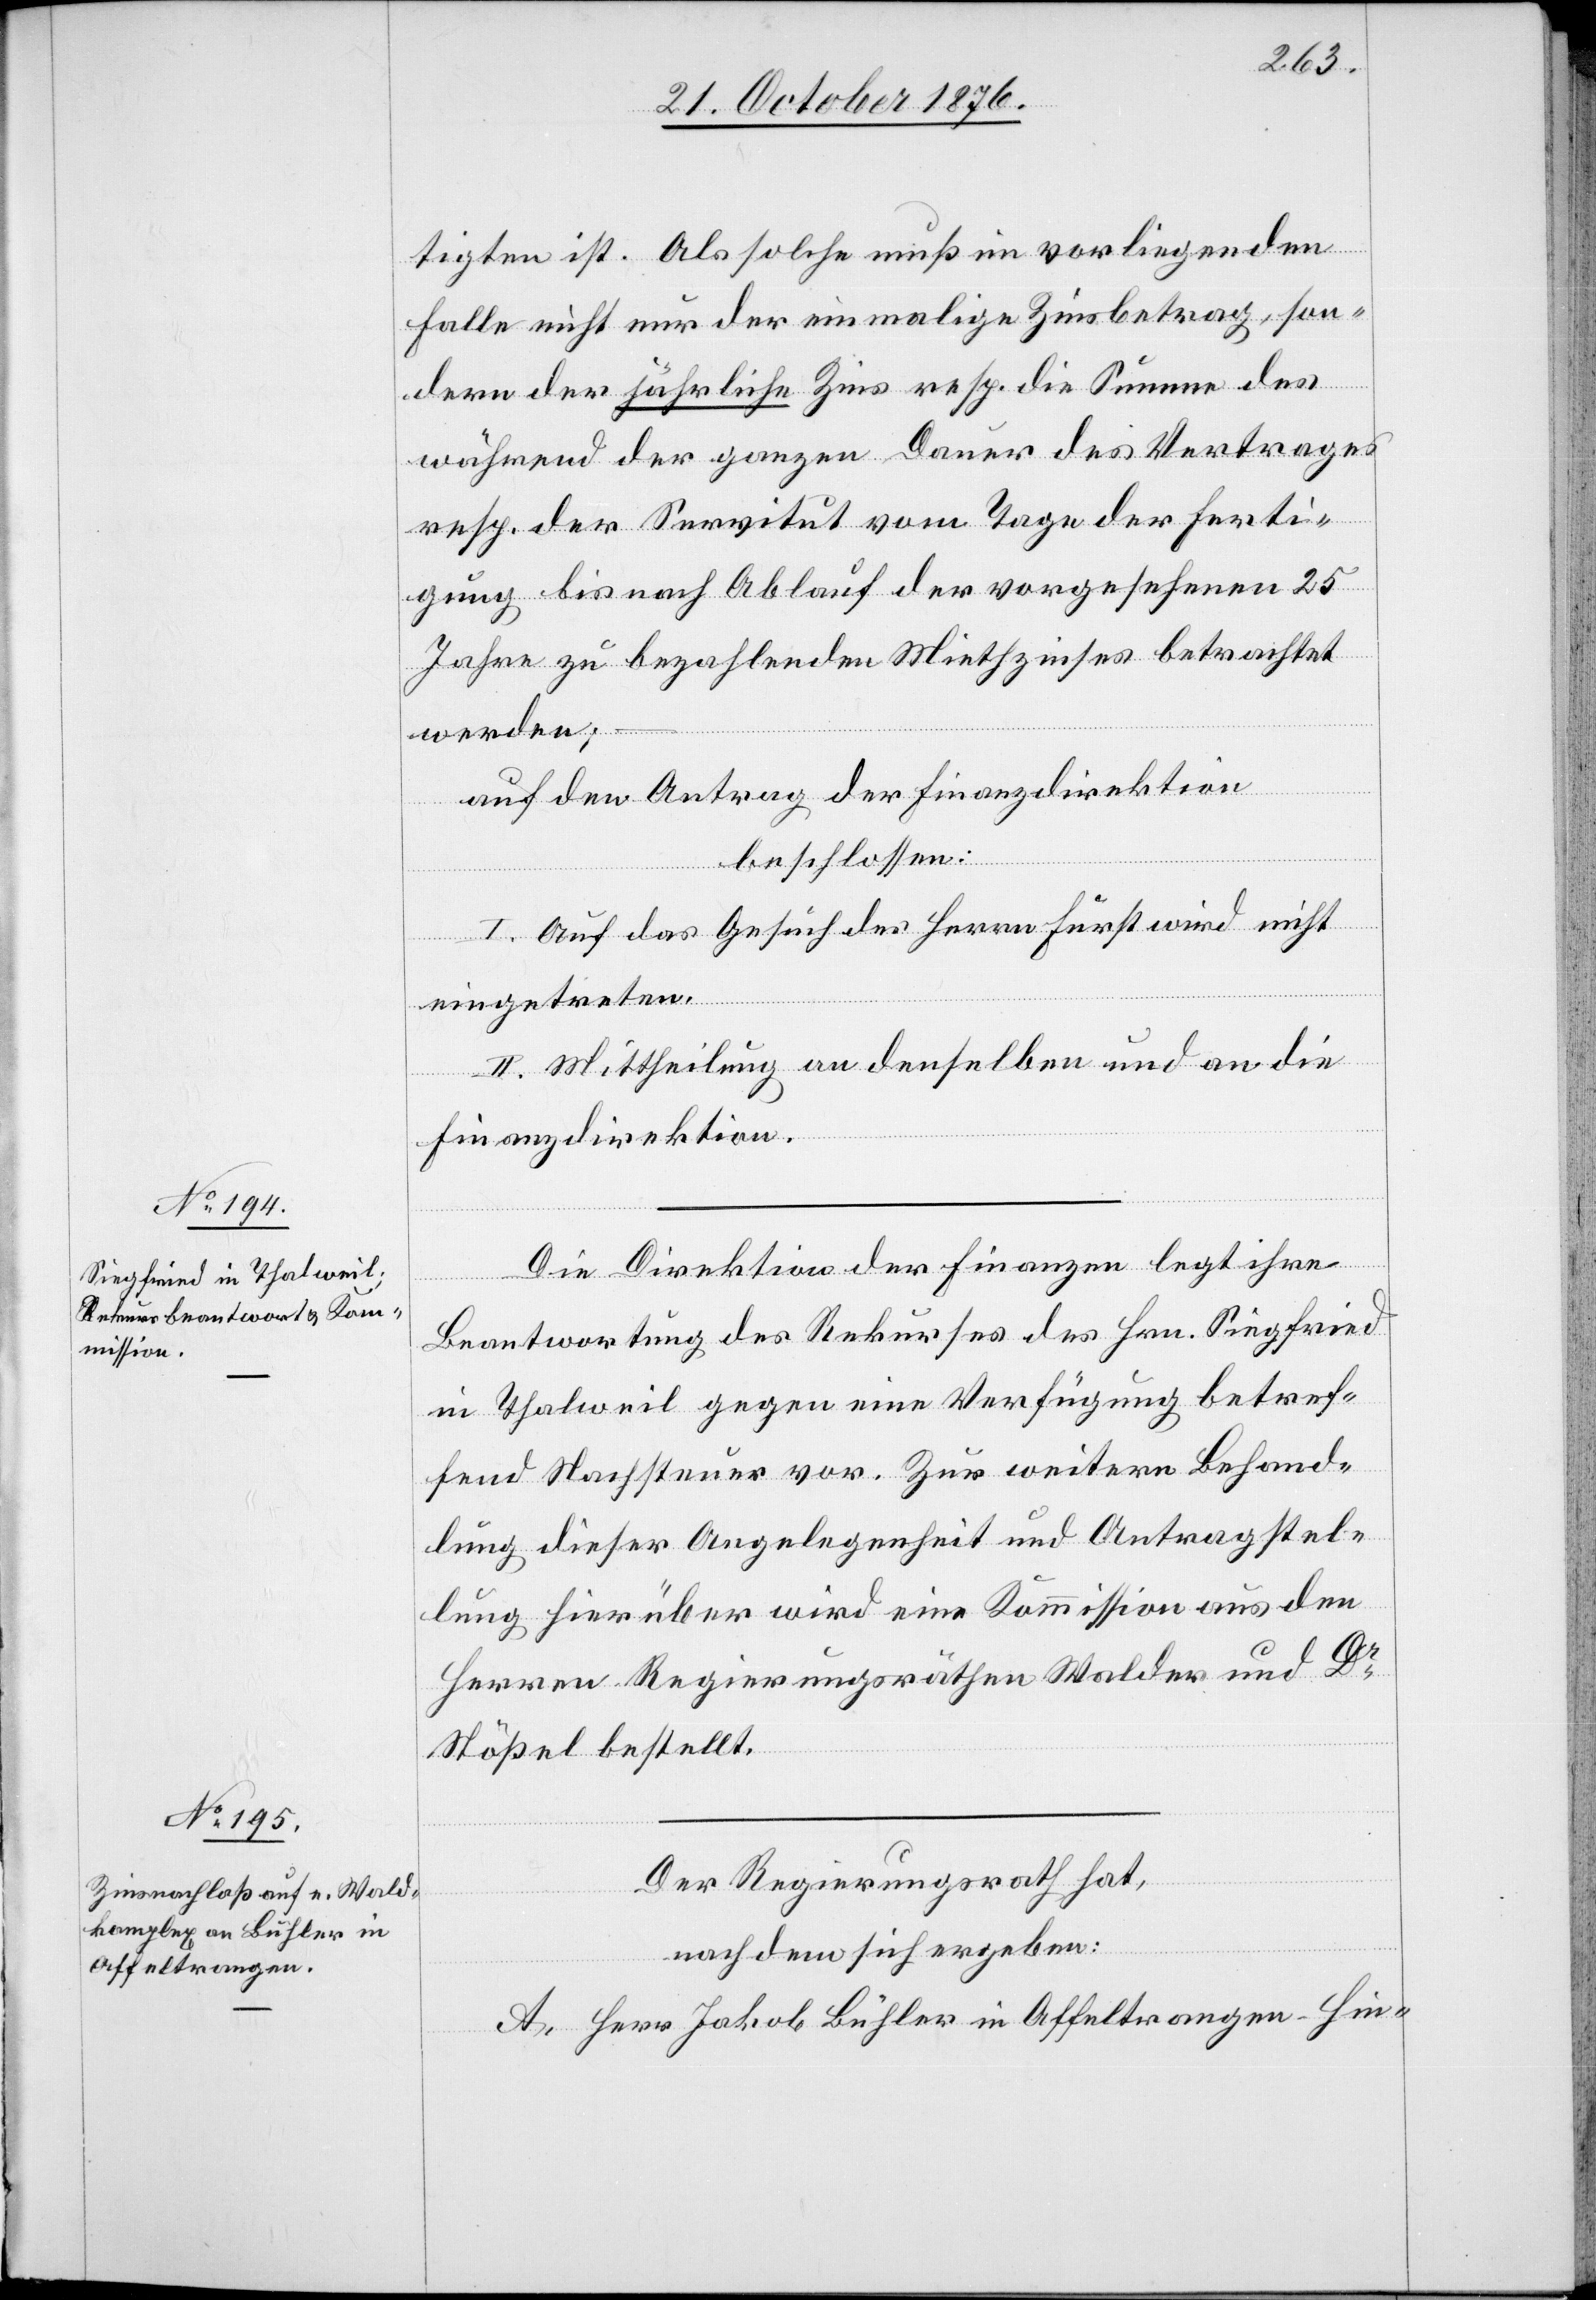
tigten ist. Als solche muß im vorliegenden
Falle nicht nur der einmalige Zinsbetrag, son¬
dern der jährliche Zins resp. die Summe des
während der ganzen Dauer des Vertrages
resp. der Servitut vom Tage der Ferti¬
gung bis nach Ablauf der vorgesehenen 25
Jahre zu bezahlenden Miethzinses betrachtet
werden;
auf den Antrag der Finanzdirektion
beschlossen:
I. Auf das Gesuch des Herrn Fürst wird nicht
eingetreten.
II. Mittheilung an denselben und an die
Finanzdirektion.
Die Direktion der Finanzen legt ihre
Beantwortung des Rekurses des Hrn. Siegfried
in Thalweil gegen eine Verfügung betref¬
fend Nachsteuer vor. Zur weitern Behand¬
lung dieser Angelegenheit und Antragstel¬
lung hierüber wird eine Kommission aus den
Herren Regierungsräthen Walder und Dr
Stößel bestellt.
Der Regierungsrath hat,
nachdem sich ergeben:
A. Herr Jakob Bühler in Affeltrangen - Hin-